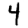
Digit: 4